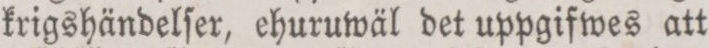
krigshändelſer, ehuruwäl det uppgifwes att